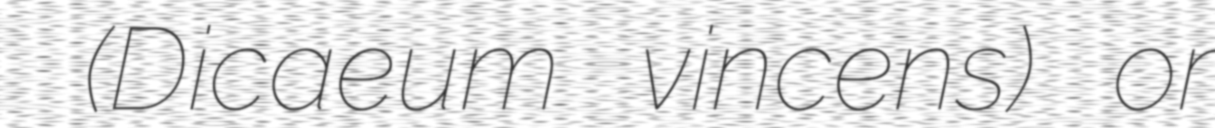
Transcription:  (Dicaeum vincens) or